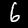
Digit: 6